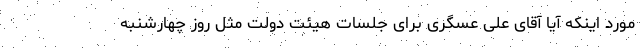
مورد اینکه آیا آقای علی عسگری برای جلسات هیئت دولت مثل روز چهارشنبه